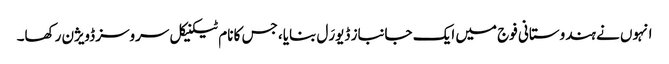
انہوں نے ہندوستانی فوج میں ایک جانباز ڈیورَل بنایا، جس کا نام ٹیکنیکل سروسز ڈویژن رکھا۔